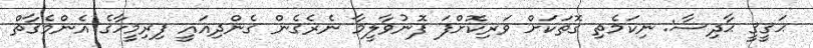
ޙަޤީޤީ ޙާދިސާ: ނިކަމެތި ގޮތަކަށް ވަރިކޮށްފަ ފޮނުވާލީމާ ނެރެގެން ގެންދިއައީ ފިރިމީހާގެ އެންމެގާތް